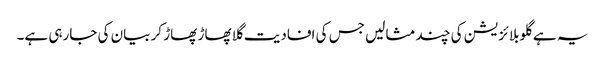
یہ ہے گلوبلائزیشن کی چند مثالیں جس کی افادیت گلا پھاڑ پھاڑ کر بیان کی جارہی ہے۔